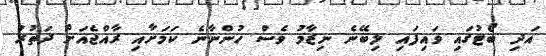
އަދި ބޯޓުގައި ވައިފައި ލިބޭނެ ނިޒާމު ވެސް ހުންނާނެ ކަމަށާއި ރާއްޖެއަށް ދަތުރު